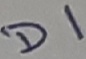
Text: D1